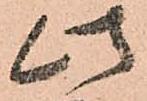
此